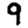
Digit: 9